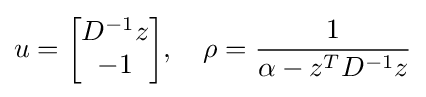
u={\begin{bmatrix}D^{-1}z\\-1\end{bmatrix}},\quad \rho ={\frac {1}{\alpha -z^{T}D^{-1}z}}